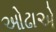
ઓઢાએ